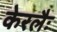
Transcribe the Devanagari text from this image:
केरलैः